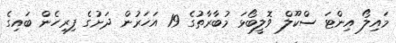
މައިލޯ އިންޓަ ސްކޫލް ވޮލީބޯޅަ މުބާރާތުގެ 19 އަހަރުން ދަށުގެ ފިރިހެން ބައިގެ